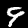
Digit: 9